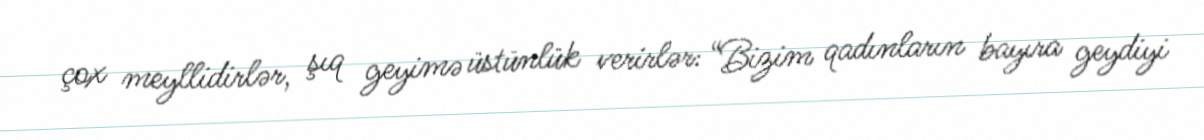
çox meyllidirlər, şıq geyimə üstünlük verirlər: “Bizim qadınların bayıra geydiyi